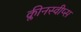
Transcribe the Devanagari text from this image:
क्लीनस्वीप्स